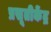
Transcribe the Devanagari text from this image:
प्रसूतीकेंद्र